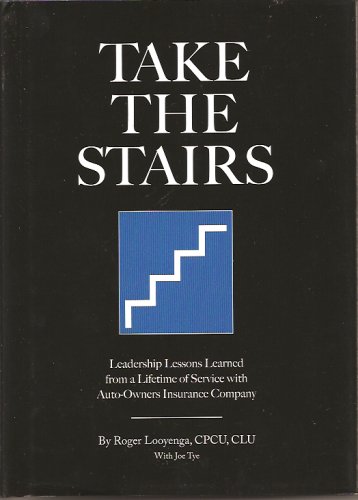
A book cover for Take the Stairs: Leadership Lessons Learned From a Lifetime of Service with Auto- Owners Insurance Company; Roger Looyenga; Engineering & Transportation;